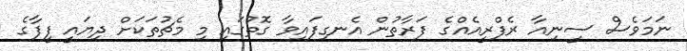
ނަމަވެސް ސީނިއާ ރެފްރީއެއްގެ ފަރާތުން އެނގިފައިވާ ގޮތުގައި މި މެޗުތަކަށް ދިޔައީ ފީފާގެ